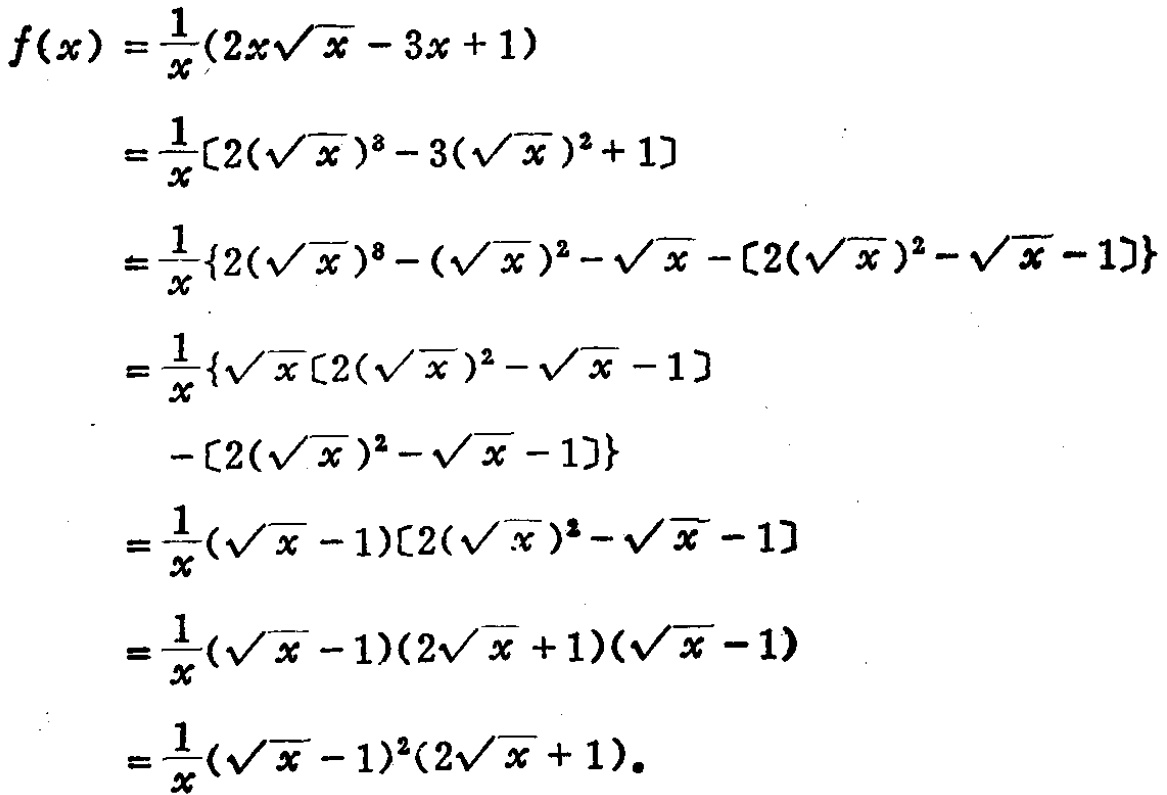
\begin{align*}
f(x) &= \frac{1}{x}(2x\sqrt{x} - 3x + 1)\\
&= \frac{1}{x}[2(\sqrt{x})^{3} - 3(\sqrt{x})^{2} + 1]\\
&= \frac{1}{x}\{2(\sqrt{x})^{3} - (\sqrt{x})^{2} - \sqrt{x} - [2(\sqrt{x})^{2} - \sqrt{x} - 1]\}\\
&= \frac{1}{x}\{\sqrt{x}[2(\sqrt{x})^{2} - \sqrt{x} - 1]\\
&\quad - [2(\sqrt{x})^{2} - \sqrt{x} - 1]\}\\
&= \frac{1}{x}(\sqrt{x} - 1)[2(\sqrt{x})^{2} - \sqrt{x} - 1]\\
&= \frac{1}{x}(\sqrt{x} - 1)(2\sqrt{x} + 1)(\sqrt{x} - 1)\\
&= \frac{1}{x}(\sqrt{x} - 1)^{2}(2\sqrt{x} + 1).
\end{align*}